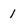
Character: 1